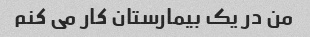
من در یک بیمارستان کار می کنم